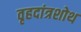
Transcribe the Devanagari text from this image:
वृहदांत्रशोथ